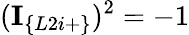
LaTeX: (\textbf{I}_{\{ L2i+\} })^{2}=-1